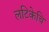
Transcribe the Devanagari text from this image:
लटिकेचि